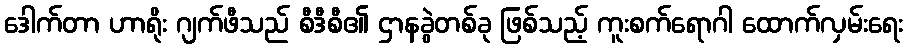
ဒေါက်တာ ဟာရိုး ဂျက်ဖီသည် စီဒီစီ၏ ဌာနခွဲတစ်ခု ဖြစ်သည့် ကူးစက်ရောဂါ ထောက်လှမ်းရေး